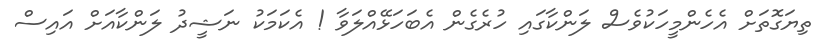
ތިޔަގޮތަށް އެހެންމީހަކުވެސް ލަންކާގައި ހުރެގެން އެބަހަޅޭއްލަވާ ! އެކަމަކު ނަޝީދު ލަންކާއަށް އައިސް